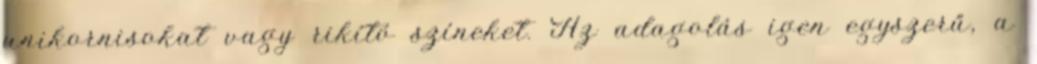
unikornisokat vagy rikító színeket. Az adagolás igen egyszerű, a